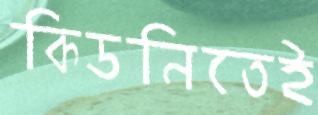
কিডনিতেই